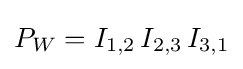
P_{W}=I_{1,2}\,I_{2,3}\,I_{3,1}